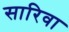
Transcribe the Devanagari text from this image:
सारिवा